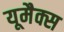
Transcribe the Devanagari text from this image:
यूमैक्स